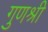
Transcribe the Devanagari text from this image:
गुणश्री